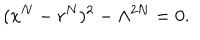
LaTeX: ( x ^ { N } - r ^ { N } ) ^ { 2 } - \Lambda ^ { 2 N } = 0 .